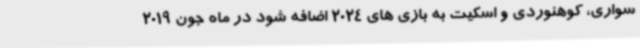
سواری، کوهنوردی و اسکیت به بازی های 2024 اضافه شود در ماه جون 2019